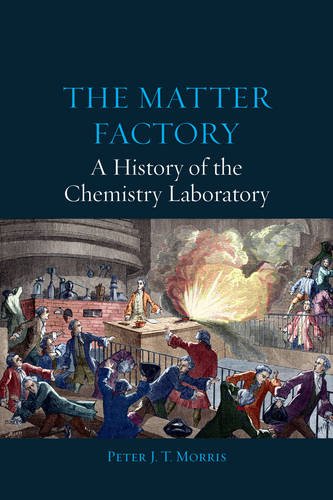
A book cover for The Matter Factory: A History of the Chemistry Laboratory; Peter J. T. Morris; Science & Math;